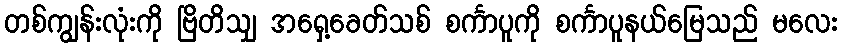
တစ်ကျွန်းလုံးကို ဗြိတိသျှ အရှေ့ခေတ်သစ် စင်္ကာပူကို စင်္ကာပူနယ်မြေသည် မလေး